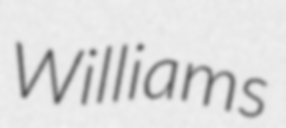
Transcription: Williams